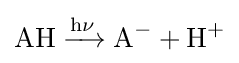
{\mathrm {AH} {}\mathrel {\xrightarrow {\mathrm {h\nu } } } {}\mathrm {A} {\vphantom {A}}^{-}{}+{}\mathrm {H} {\vphantom {A}}^{+}}